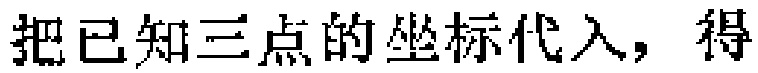
把已知三点的坐标代入，得